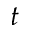
t